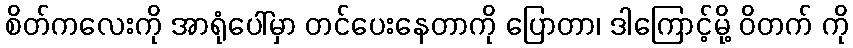
စိတ်ကလေးကို အာရုံပေါ်မှာ တင်ပေးနေတာကို ပြောတာ၊ ဒါကြောင့်မို့ ဝိတက် ကို